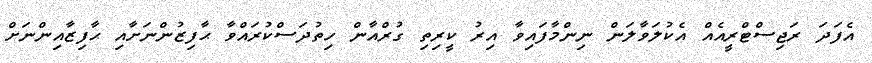
އެފަދަ ރަޖިސްޓްރީއެއް އެކުލަވާލަން ނިންމާފައިވާ އިރު ކީރިތި ގުރްއާން ހިތުދަސްކުރައްވާ ޙާފިޒުންނަށާއި ޙާފިޒާއިންނަށް